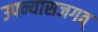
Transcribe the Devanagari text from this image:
उपन्यासजगत्